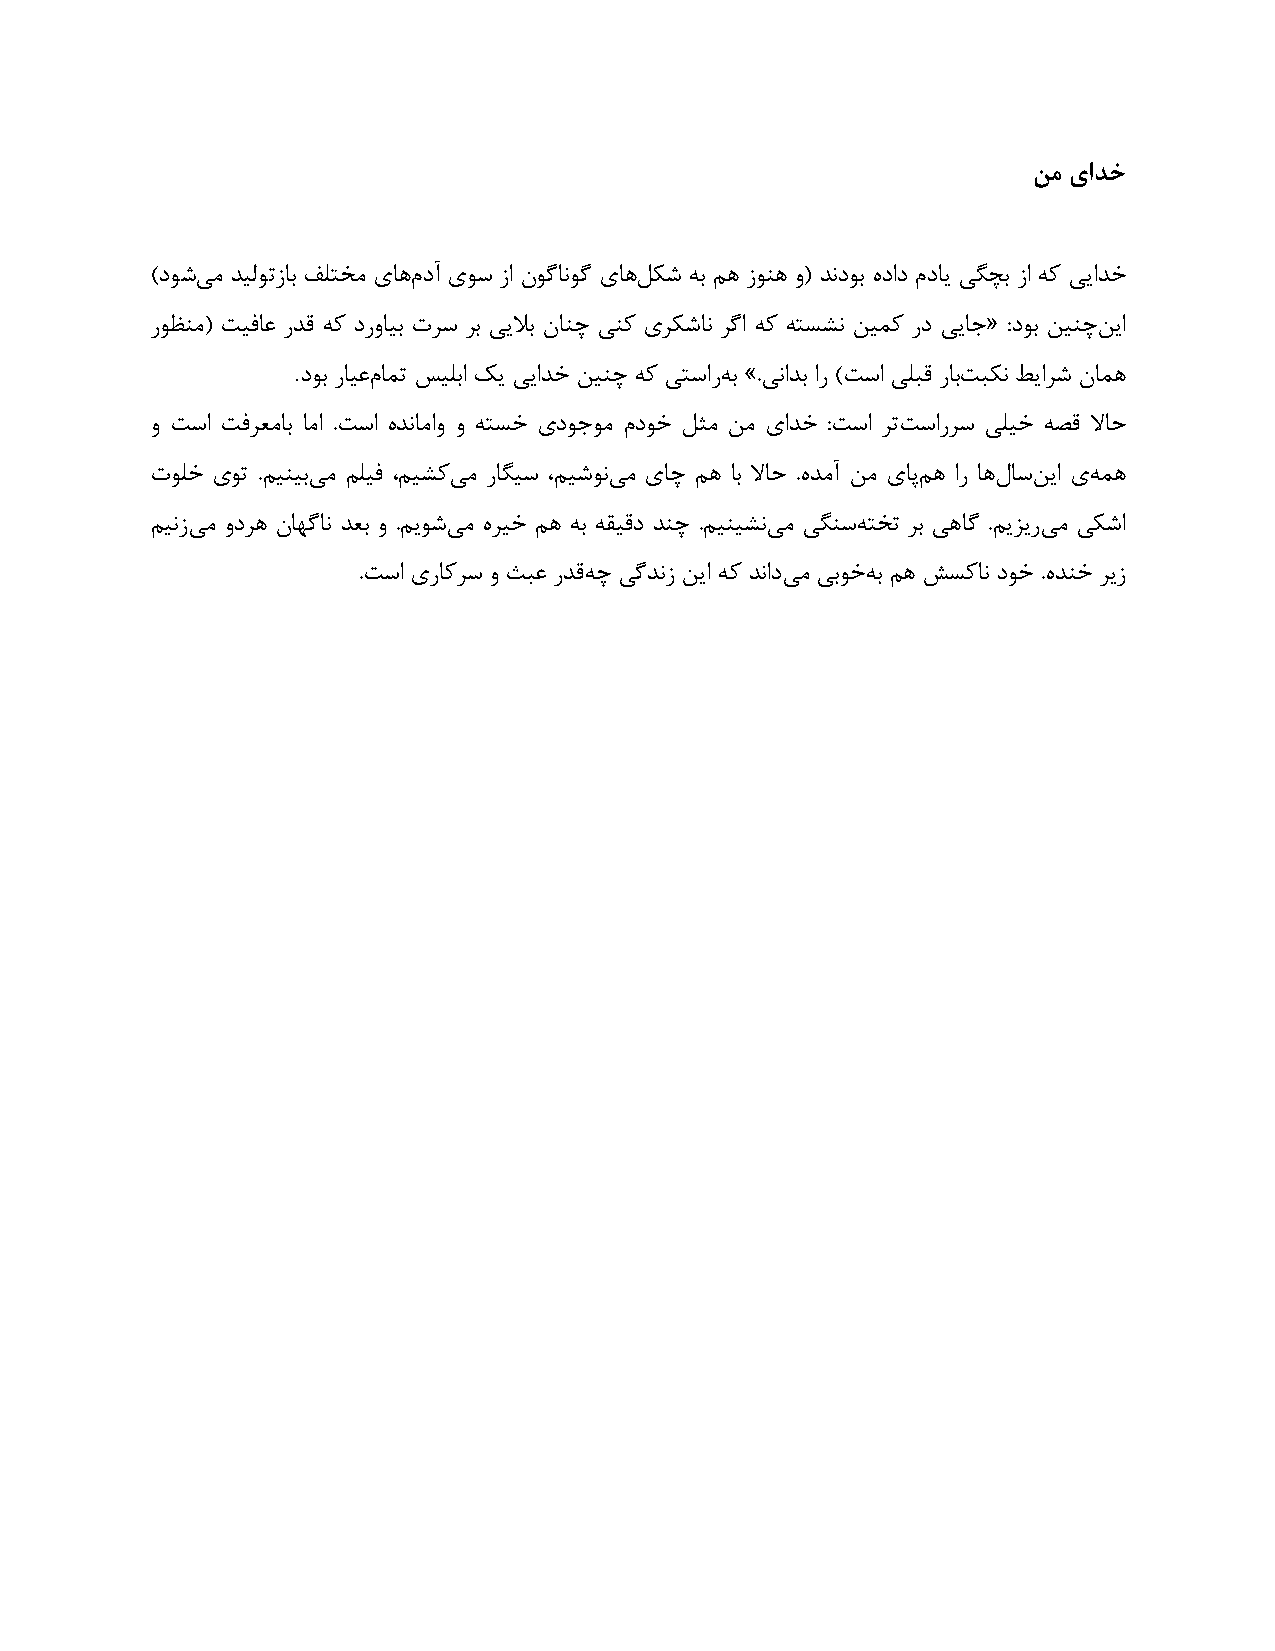
يه ٕاذخ
 )ؿُٞی ٗ ـیٓٞتمبث قٔتؾٗ یب١ٕ ؿآ یًٞ ما ُٙٞبُٛٞ یب١ْ ٌُ ٠ث ٖ١ مٜٞ١ ٝ( ـٛؿٞث ٟؿاؿ ٕؿبی یِضث ما ٠ً ییاـؽ
 كٞظٜٗ( تیكبػ كـه ٠ً ؿكٝبیث تلً لث ییلاث ٙبٜص یًٜ یلٌُبٛ لُا ٠ً ٠تٌِٛ ٚیً٘ كؿ ییبر« :ؿٞث ٚیٜصٚ یا
 .
 ؿٞث كبیػٕ ب٘ت يیٔثا يی ییاـؽ ٚیٜص ٠ً یتًاك٠ ث ».یٛاـث اك )تًا یٔجه كبثت جٌٛ ٚیالُ ٙب٘١
 ٝ تًا تكلؼٗبث بٗا .تًا ٟـٛبٗاٝ ٝ ٠تٌؽ یؿٞرٞٗ ٕؿٞؽ ْخٗ ٚٗ یاـؽ :تًا لتت ًاكلً یٔیؽ ٠ٔه لابع
 تٞٔؽ یٞت .ٖیٜیثی ٗ ٖٔیك ،ٖیًِی ٗ كبِیً ،ٖیُٞٛی ٗ یبص ٖ١ بث لابع .ٟـٗآ ٚٗ یبپٖ ١ اك ب١ّ بًٚ یا ی٠ ٘١
 ٖیٛمی ٗ ٝؿل١ ٙب٢ُبٛ ـؼث ٝ .ٖیُٞی ٗ ٟلیؽ ٖ١ ٠ث ٠ویهؿ ـٜص .ٖیٜیِٛی ٗ یًِٜ٠ تؾت لث ی١بُ .ٖینیكی ٗ یٌُا
 .تًا یكبًلً ٝ ججػ كـه٠ ص یُـٛم ٚیا ٠ً ـٛاؿی ٗ یثٞؽ٠ ث ٖ١ ًٌَبٛ ؿٞؽ .ٟـٜؽ لیم